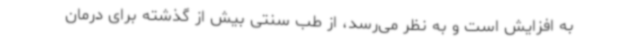
به افزایش است و به نظر می‌رسد، از طب سنتی بیش از گذشته برای درمان